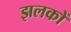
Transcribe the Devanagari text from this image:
झलकों